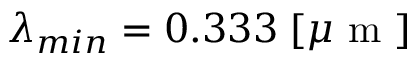
\lambda _ { m i n } = 0 . 3 3 3 \; [ \mu \mathrm { ~ m ~ } ]